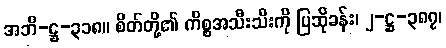
အဘိ-ဋ္ဌ-၃၁၈။ စိတ်တို့၏ ကိစ္စအသီးသီးကို ပြဆိုခန်း၊ ၂-ဋ္ဌ-၃၈၇၊